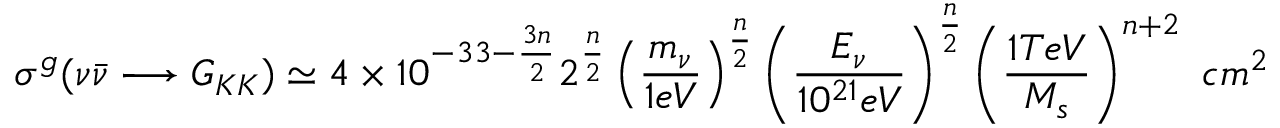
\sigma ^ { g } ( \nu \bar { \nu } \longrightarrow G _ { K K } ) \simeq 4 \times 1 0 ^ { - 3 3 - \frac { 3 n } { 2 } } 2 ^ { \frac { n } { 2 } } \left( \frac { { m _ { \nu } } } { 1 e V } \right) ^ { \frac { n } { 2 } } \left( \frac { E _ { \nu } } { 1 0 ^ { 2 1 } e V } \right) ^ { \frac { n } { 2 } } \left( \frac { 1 T e V } { { M _ { s } } } \right) ^ { n + 2 } ~ c m ^ { 2 }